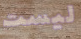
ليست